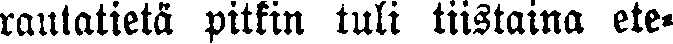
rautatietä pitkin tuli tiistaina ete-